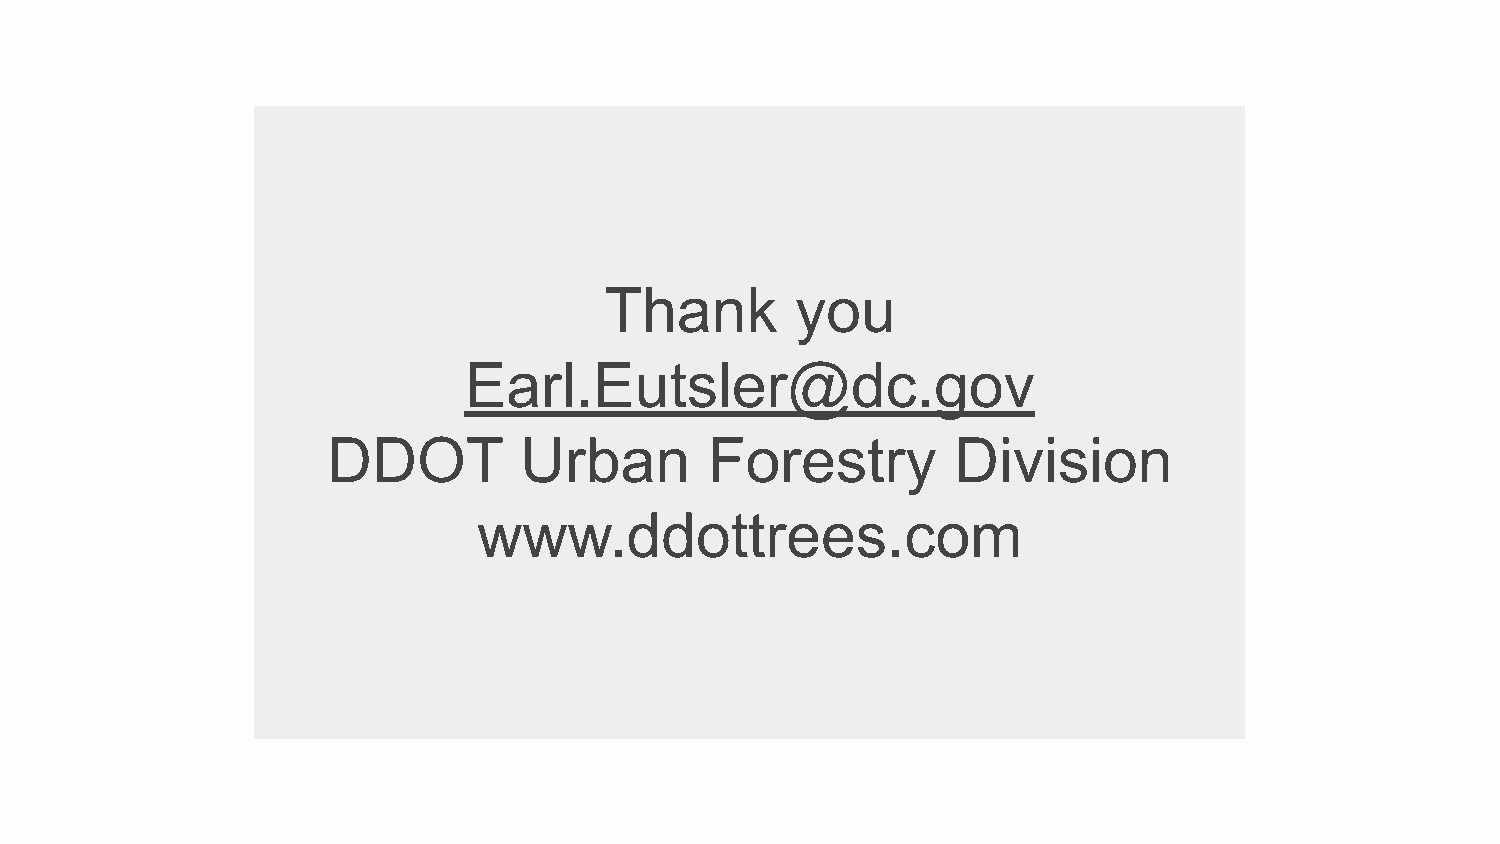
Thank        you
 Earl.Eutsler@dc.gov
 DDOT        Urban        Forestry        Division
 www.ddottrees.com